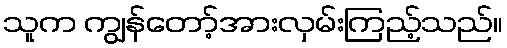
သူက ကျွန်တော့်အားလှမ်းကြည့်သည်။